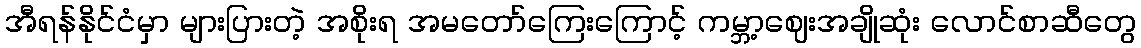
အီရန်နိုင်ငံမှာ များပြားတဲ့ အစိုးရ အမတော်ကြေးကြောင့် ကမ္ဘာ့ဈေးအချိုဆုံး လောင်စာဆီတွေ